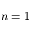
n = 1